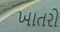
ખાતરો